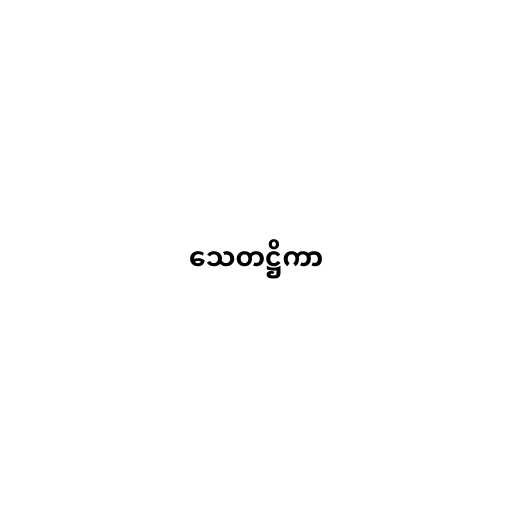
သေတဋ္ဌိကာ